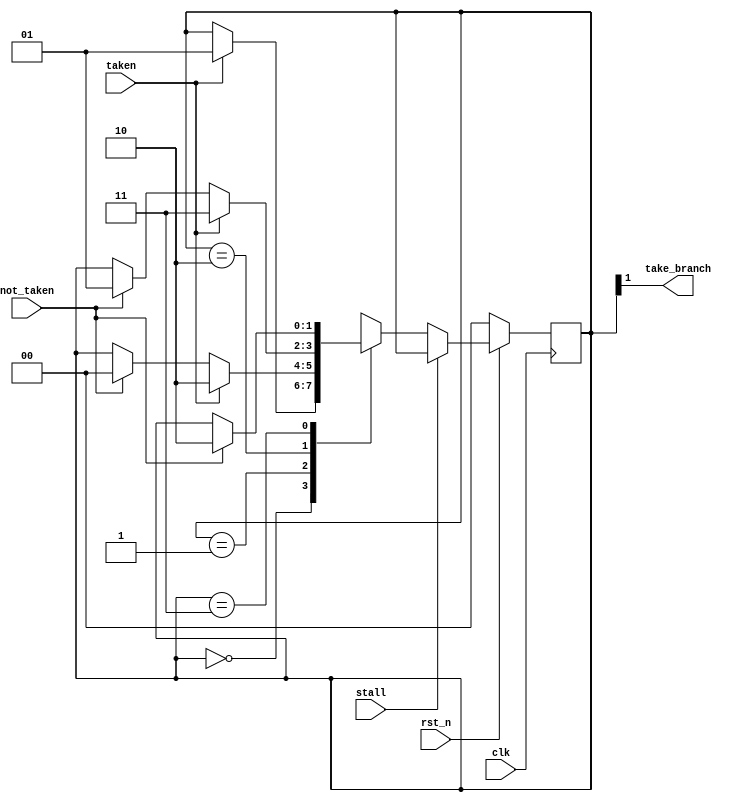
module Branch_Prediction_Unit (
    clk,
    rst_n,
    stall,
    taken,
    not_taken,
    take_branch
);

    input  clk, rst_n, stall, taken, not_taken;
    output take_branch;

    reg [1:0] state_w;
    reg [1:0] state_r;

    // states
    parameter Strong_not_taken = 2'b00;
    parameter Weak_not_taken   = 2'b01;
    parameter Weak_taken       = 2'b10;
    parameter Strong_taken     = 2'b11;

    assign take_branch = state_r[1];
    //assign take_branch = 1'b0;

    always @(*) begin
        state_w = state_r;
        case (state_r) 
            Strong_not_taken: begin
                if (taken) state_w = Weak_not_taken;
            end
            Weak_not_taken: begin
                if (taken) state_w = Weak_taken;
                else if (not_taken) state_w = Strong_not_taken;
            end
            Weak_taken: begin
                if (taken) state_w = Strong_taken;
                else if (not_taken) state_w = Weak_not_taken;
            end
            Strong_taken: begin
                if (not_taken) state_w = Weak_taken;
            end
        endcase
    end

    always @(posedge clk) begin
        if (!rst_n)     state_r = 2'b00;
        else if (stall) state_r <= state_r;
        else            state_r <= state_w;
    end

endmodule